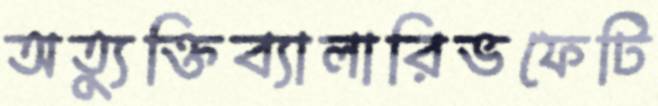
অত্যুক্তিব্যালারিভফেটি